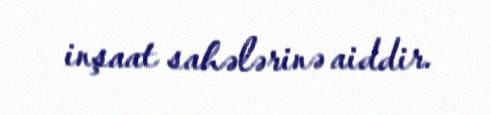
inşaat sahələrinə aiddir.